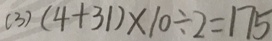
( 3 ) ( 4 + 3 1 ) \times 1 0 \div 2 = 1 7 5